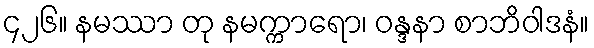
၄၂၆။ နမဿာ တု နမက္ကာရော၊ ဝန္ဒနာ စာဘိဝါဒနံ။